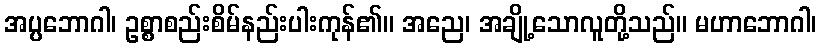
အပ္ပဘောဂါ၊ ဥစ္စာစည်းစိမ်နည်းပါးကုန်၏။ အညေ၊ အချို့သောလူတို့သည်။ မဟာဘောဂါ၊